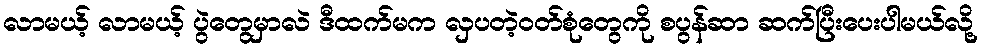
လာမယ့် လာမယ့် ပွဲတွေမှာလဲ ဒီထက်မက လှပတဲ့ဝတ်စုံတွေကို စပွန်ဆာ ဆက်ပြီးပေးပါမယ်လို့